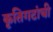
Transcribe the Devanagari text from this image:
कृतिगटांची